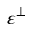
\varepsilon ^ { \bot }